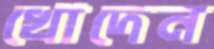
খোদেন